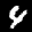
Label: 4